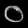
Digit: ၀